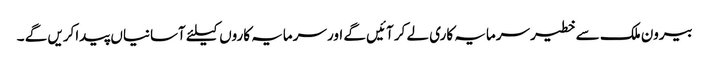
بیرون ملک سے خطیر سرمایہ کاری لے کر آئیں گے اور سرمایہ کاروں کیلئے آسانیاں پیداکریں گے ۔